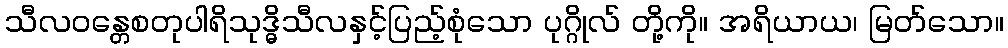
သီလဝန္တေစတုပါရိသုဒ္ဓိသီလနှင့်ပြည့်စုံသော ပုဂ္ဂိုလ် တို့ကို။ အရိယာယ၊ မြတ်သော။